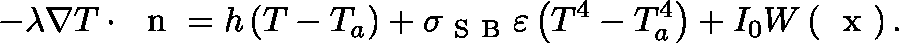
- \lambda \nabla T \cdot \mathrm { ~ \boldmath ~ n ~ } = h \left( T - T _ { a } \right) + \sigma _ { \mathrm { ~ S ~ B ~ } } \varepsilon \left( T ^ { 4 } - T _ { a } ^ { 4 } \right) + I _ { 0 } W \left( \mathrm { ~ \boldmath ~ x ~ } \right) .